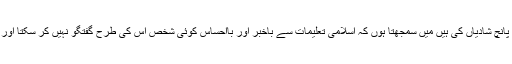
دوسرا : اشرف غنی نے کہا کہ طالبان رہنماوں نے دوحہ میں چار چار اور پانچ ، پانچ شادیاں کی ہیں میں سمجھتا ہوں کہ اسلامی تعلیمات سے باخبر اور بااحساس کوئی شخص اس کی طرح گفتگو نہیں کر سکتا اور ان کی اس گفتگو پر ہاشم لوگری جیسے زہنی بیمار شخص بھی شرمندہ ہوں گے ۔